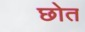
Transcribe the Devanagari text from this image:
छोत